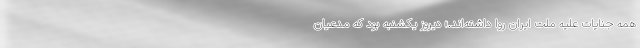
همه جنایات علیه ملت ایران روا داشته‌اند.» دیروز یکشنبه بود که مدعیان